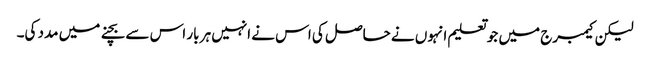
لیکن کیمبرج میں جو تعلیم انہوں نے حاصل کی اس نے انہیں ہر بار اس سے بچنے میں مدد کی۔